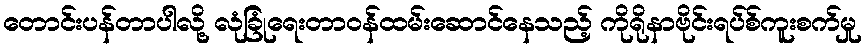
တောင်းပန်တာပါလို့ လုံခြုံရေးတာဝန်ထမ်းဆောင်နေသည့် ကိုရိုနာဗိုင်းရပ်စ်ကူးစက်မှု